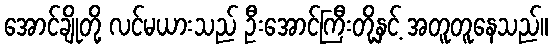
အောင်ချိုတို့ လင်မယားသည် ဦးအောင်ကြီးတို့နှင့် အတူတူနေသည်။